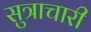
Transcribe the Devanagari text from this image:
सुत्राचारी